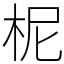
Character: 柅